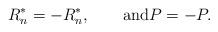
LaTeX: \begin{align*}R_n^* = -R_n^*, \qquad\textrm{and}P = -P.\end{align*}